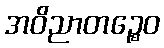
အဝိညာတဉ္စေဝ